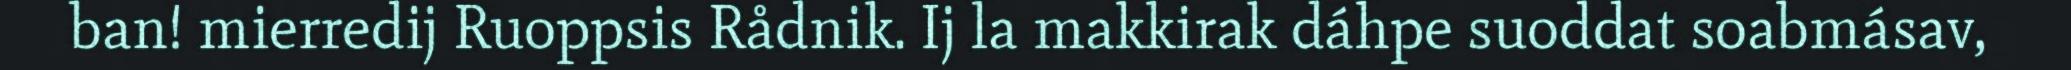
ban! mierredij Ruoppsis Rådnik. Ij la makkirak dáhpe suoddat soabmásav,